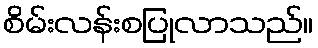
စိမ်းလန်းစပြုလာသည်။